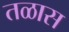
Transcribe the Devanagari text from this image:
तळास